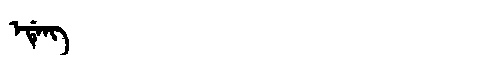
Manchu: ᡝᡩᡝᠩ
Romanization: EDENG